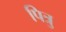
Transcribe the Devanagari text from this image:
पित्रु